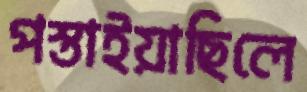
পস্তাইয়াছিলে